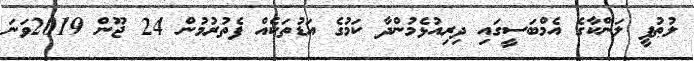
ލުޠުފީ ލަންކާގެ އެމްބަސީގައި ދިރިއުޅެމުންދާ ކަމުގެ އަޑުތަކެއް ފެތުރުމުން 24 ޖޫން 2019ވަނަ